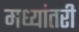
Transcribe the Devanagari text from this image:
मध्यांतरी